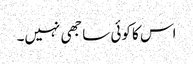
اس کا کوئی ساجھی نہیں۔